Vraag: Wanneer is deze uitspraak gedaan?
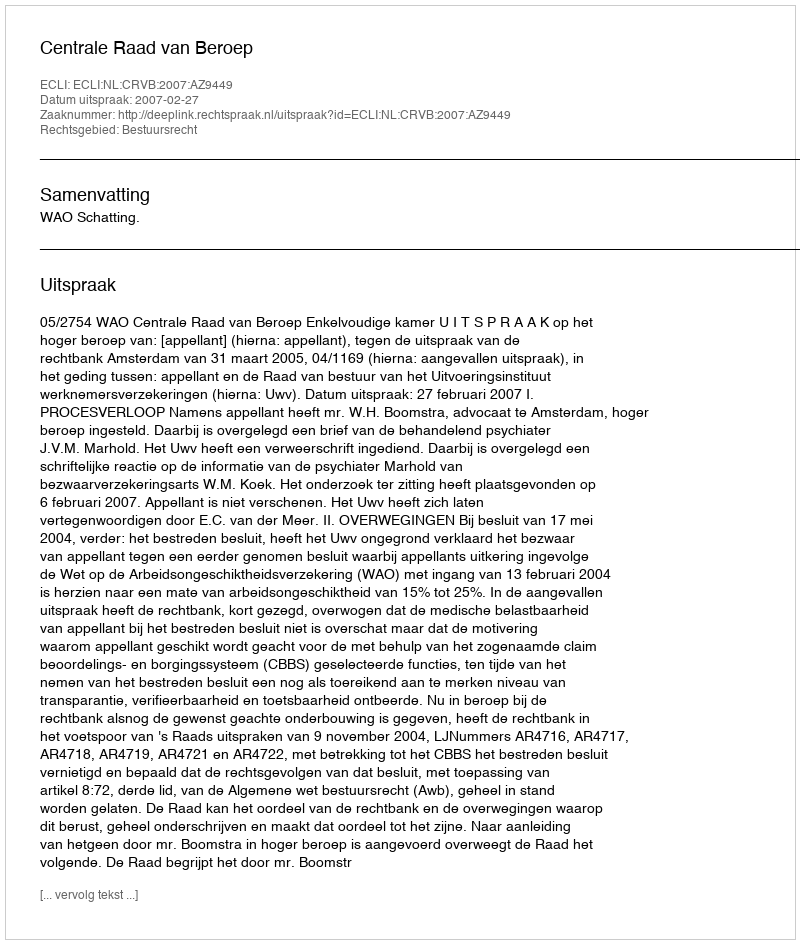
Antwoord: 2007-02-27